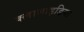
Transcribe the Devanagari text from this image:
क्लामाइडिया